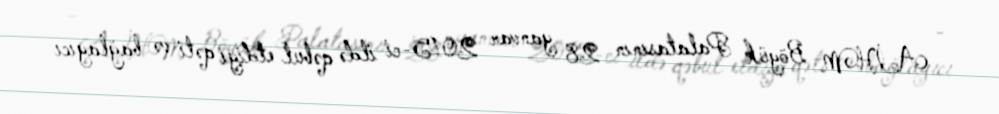
- AİHM Böyük Palatasının 28 yanvar 2015-ci ildə qəbul etdiyi qəti və bağlayıcı